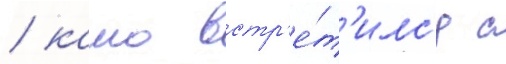
/ камо встр'е́т'илс'я с